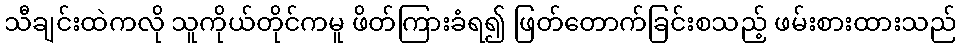
သီချင်းထဲကလို သူကိုယ်တိုင်ကမူ ဖိတ်ကြားခံရ၍ ဖြတ်တောက်ခြင်းစသည့် ဖမ်းစားထားသည်